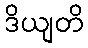
ဒိယျတိ